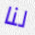
لنا